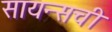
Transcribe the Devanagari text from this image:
सायन्सची